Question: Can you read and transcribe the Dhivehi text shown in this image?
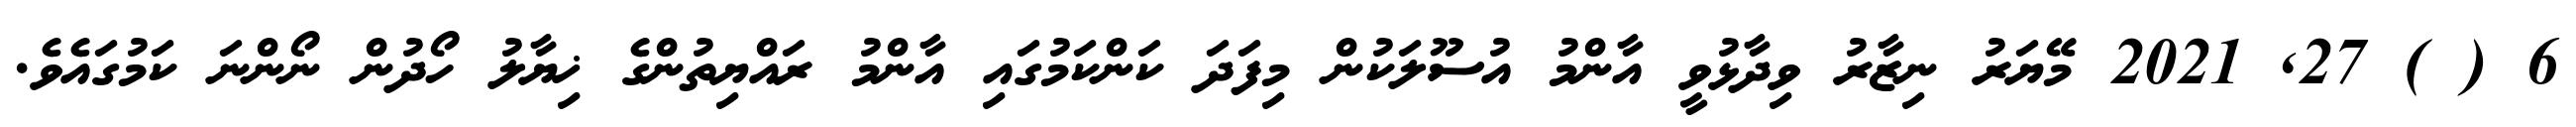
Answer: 6 ( ) 27, 2021 މޭޔަރު ނިޒާރު ވިދާޅުވީ އާންމު އުސޫލަކުން މިފަދަ ކަންކަމުގައި އާންމު ރައްޔިތުންގެ ޚިޔާލު ހޯދުން ނޯންނަ ކަމުގައެވެ.